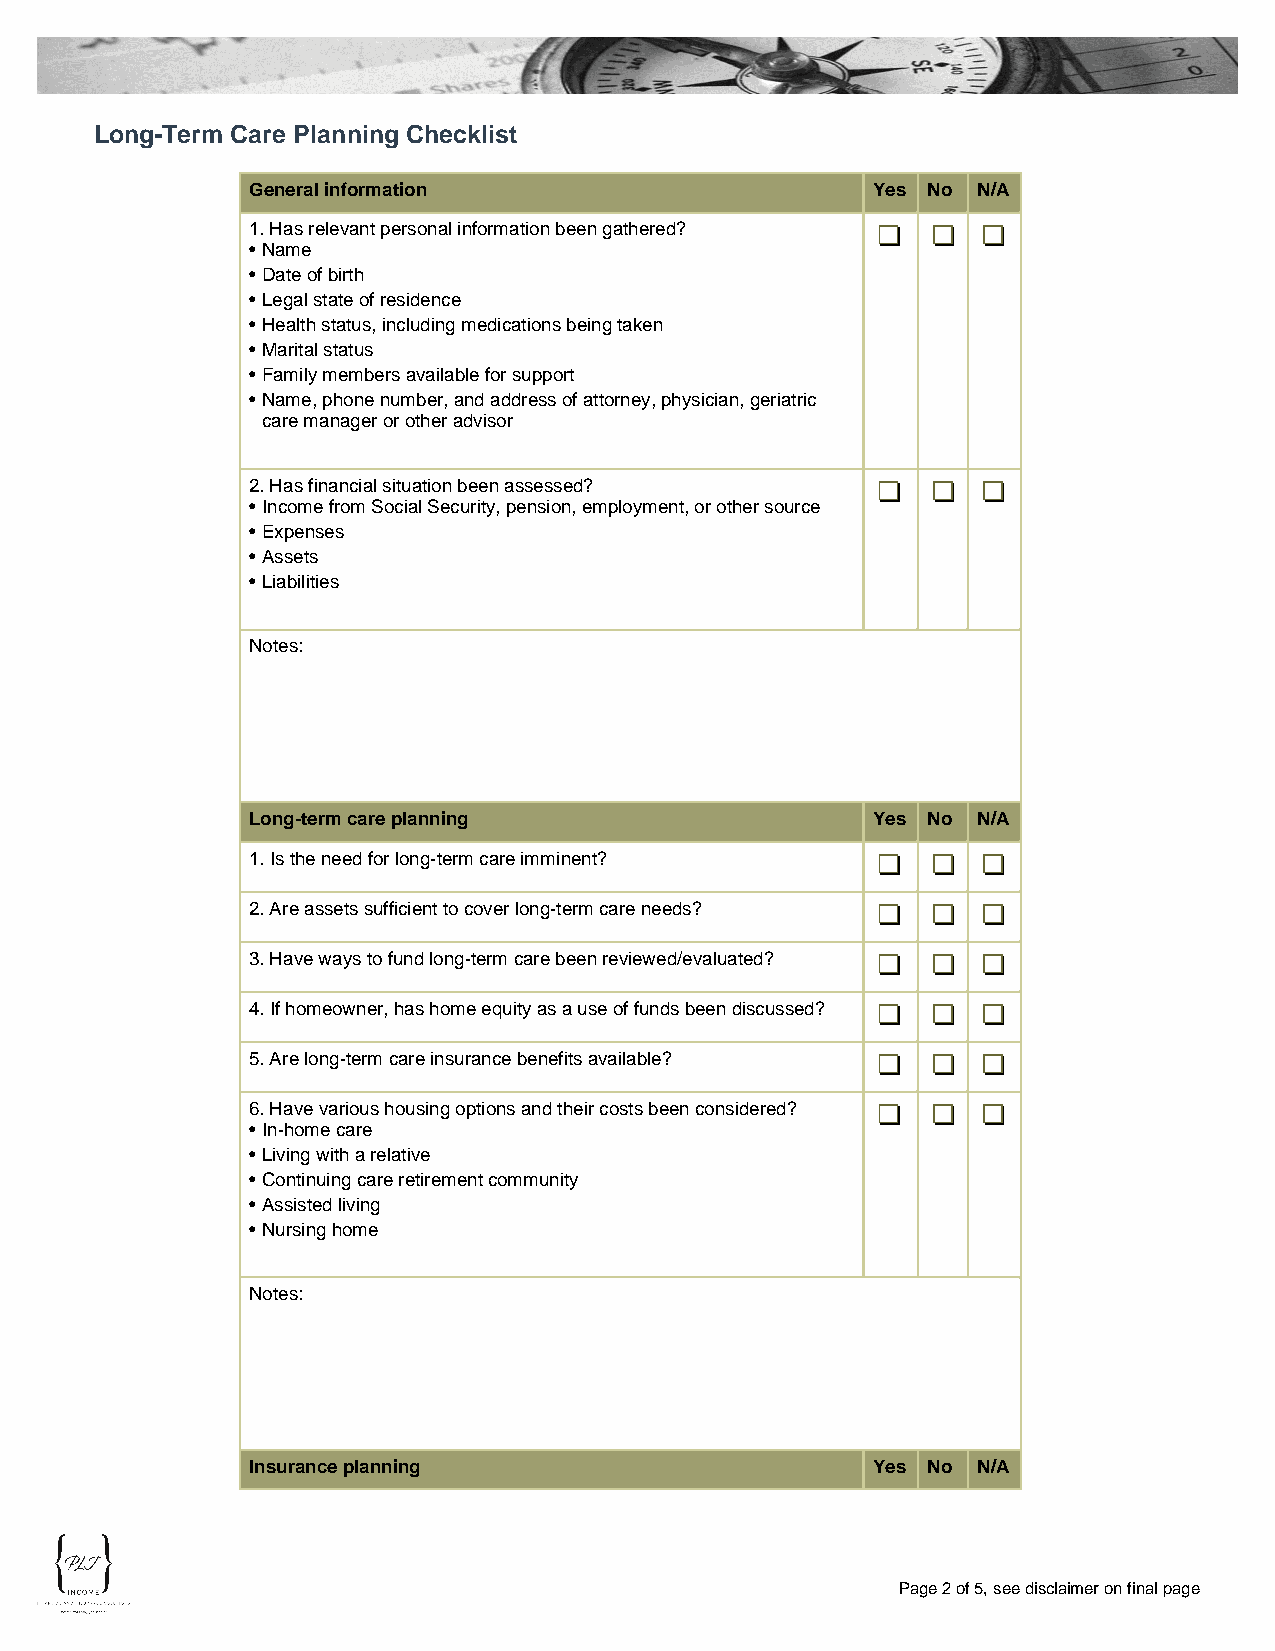
Long-Term Care Planning Checklist
 General information                       Yes No N/A
 1. Has relevant personal information been gathered?
 • Name
 • Date of birth
 • Legal state of residence
 • Health status, including medications being taken
 • Marital status
 • Family members available for support
 • Name, phone number, and address of attorney, physician, geriatric
 care manager or other advisor
 2. Has financial situation been assessed?
 • Income from Social Security, pension, employment, or other source
 • Expenses
 • Assets
 • Liabilities
 Notes:
 Long-term care planning                   Yes No N/A
 1. Is the need for long-term care imminent?
 2. Are assets sufficient to cover long-term care needs?
 3. Have ways to fund long-term care been reviewed/evaluated?
 4. If homeowner, has home equity as a use of funds been discussed?
 5. Are long-term care insurance benefits available?
 6. Have various housing options and their costs been considered?
 • In-home care
 • Living with a relative
 • Continuing care retirement community
 • Assisted living
 • Nursing home
 Notes:
 Insurance planning                        Yes No N/A
 Page 2 of 5, see disclaimer on final page